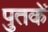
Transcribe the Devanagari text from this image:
पुतकें